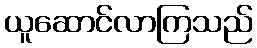
ယူဆောင်လာကြသည်